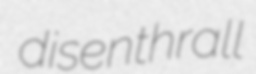
disenthrall